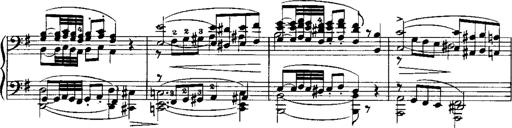
Title: RÃ©miniscences de Norma de Bellini
Composer: Franz Liszt